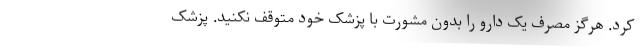
کرد. هرگز مصرف یک دارو را بدون مشورت با پزشک خود متوقف نکنید. پزشک